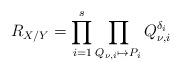
LaTeX: \begin{align*}R_{X/Y}=\prod_{i=1}^s \prod_{Q_{\nu,i} \mapsto P_i} Q_{\nu,i}^{\delta_{i}}\end{align*}